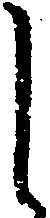
し